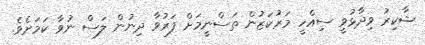
ޝާކިރު ވިދާޅުވީ ސިއްހީ މަރުކަޒުން ތަސްނީމަށް ފަރުވާ ދިނުން ލަސް ނުވާ ކަމަށެވެ.